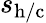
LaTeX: s_{\mathrm{h/c}}